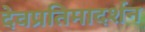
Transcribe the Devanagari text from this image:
देवप्रतिमादर्शन